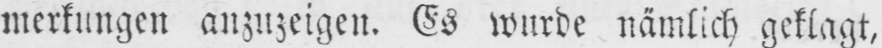
merkungen anzuzeigen. Es wurde nämlich geklagt,